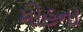
મોહના